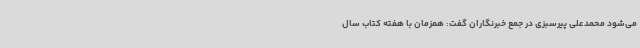
می‌شود محمدعلی پیرسبزی در جمع خبرنگاران گفت: همزمان با هفته کتاب سال